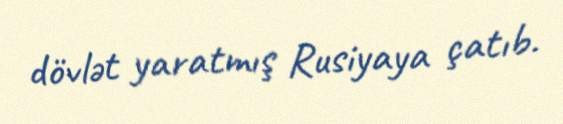
dövlət yaratmış Rusiyaya çatıb.